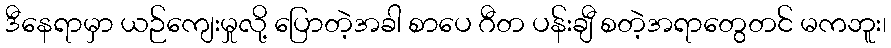
ဒီနေရာမှာ ယဉ်ကျေးမှုလို့ ပြောတဲ့အခါ စာပေ ဂီတ ပန်းချီ စတဲ့အရာတွေတင် မကဘူး၊